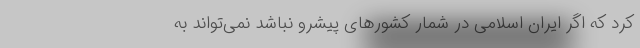
کرد که اگر ایران اسلامی در شمار کشورهای پیشرو نباشد نمی‌تواند به